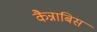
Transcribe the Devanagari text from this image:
कैन्नाबिस